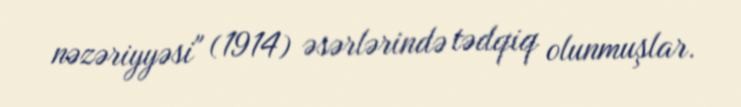
nəzəriyyəsi" (1914) əsərlərində tədqiq olunmuşlar.